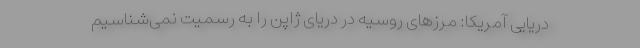
دریایی آمریکا: مرزهای روسیه در دریای ژاپن را به رسمیت نمی‌شناسیم